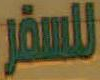
للسفر